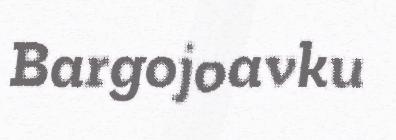
Bargojoavku